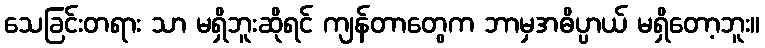
သေခြင်းတရား သာ မရှိဘူးဆိုရင် ကျန်တာတွေက ဘာမှအဓိပ္ပာယ် မရှိတော့ဘူး။